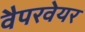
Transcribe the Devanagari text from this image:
वैपरवेयर